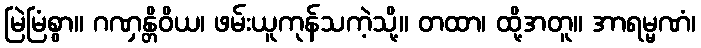
မြဲမြံစွာ။ ဂဏှန္တိဝိယ၊ ဖမ်းယူကုန်သကဲ့သို့။ တထာ၊ ထို့အတူ။ အာရမ္မဏံ၊